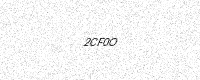
Text: 2CF0O